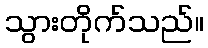
သွားတိုက်သည်။